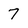
Character: 7